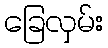
ခြေလှမ်း